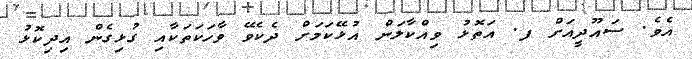
އެވެ. ސައޫދީއަށް ފ. އަތޮޅު ވިއްކާލަން އުޅޭކަމަށް ދެކެވޭ ވާހަކަތަކާއި ގުޅިގެން އިދިކޮޅު